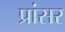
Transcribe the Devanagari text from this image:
प्रांसर